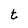
Character: t